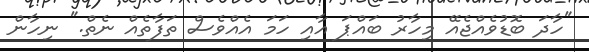
"ހާދަ ބޮޑުވެއްޖެއޭ މިހާރު ބައްޕަ އާއި ހަމަ އެއްވެސް ތަފާތެއް ނެތް." ނިހާން